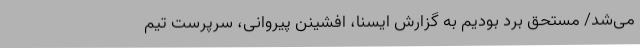
می‌شد/ مستحق برد بودیم به گزارش ایسنا، افشینن پیروانی، سرپرست تیم